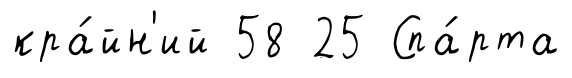
кра́йн'ий 58 25 Спа́рта